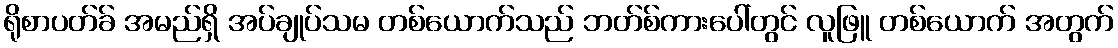
ရိုစာပတ်ခ် အမည်ရှိ အပ်ချုပ်သမ တစ်ယောက်သည် ဘတ်စ်ကားပေါ်တွင် လူဖြူ တစ်ယောက် အတွက်